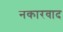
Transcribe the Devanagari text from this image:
नकारवाद